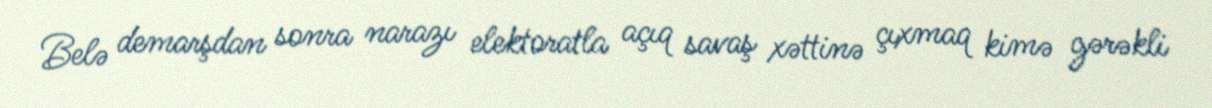
Belə demarşdan sonra narazı elektoratla açıq savaş xəttinə çıxmaq kimə gərəkli